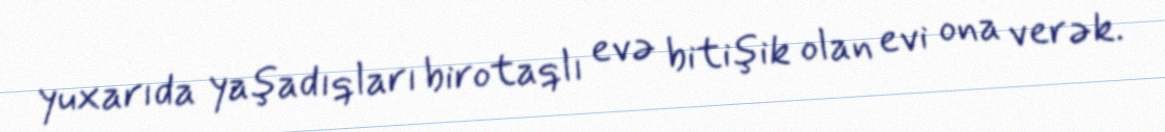
yuxarıda yaşadıqları birotaqlı evə bitişik olan evi ona verək.